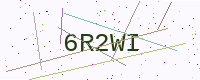
Text: 6R2WI